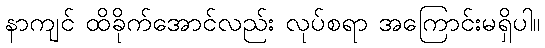
နာကျင် ထိခိုက်အောင်လည်း လုပ်စရာ အကြောင်းမရှိပါ။